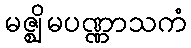
မဇ္ဈိမပဏ္ဏာသကံ